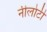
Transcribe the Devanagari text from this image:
नीलोटी